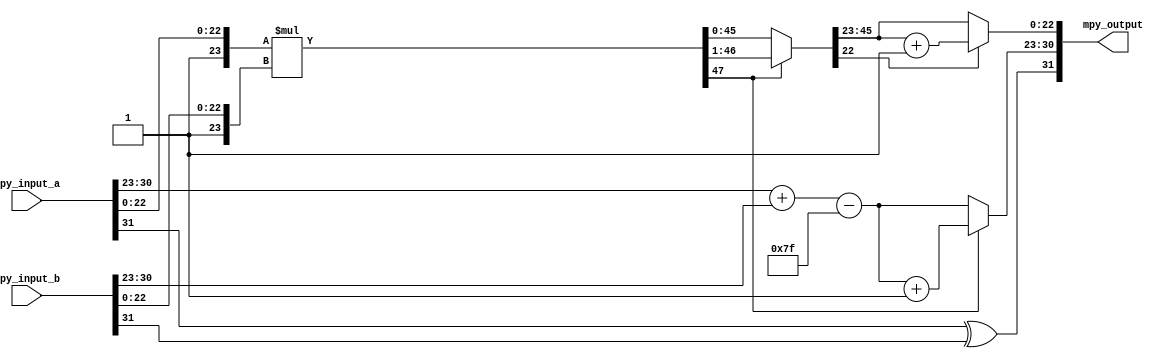
/**********      Muitiplication Top Module     **********/
/*	Input: input_a, input_b		Output: mpy_output		*/
/*	Function: 32-bit Floating-point Multiplier			*/
/*			  mpy_output = input_a * input_b			*/
/********************************************************/
module multiplier32(
	input  [31:0] mpy_input_a, mpy_input_b,
	output [31:0] mpy_output
);
	reg a_sign;				// sign of a
	reg [7:0] a_exponent;	// exponent of a
	reg [23:0] a_mantissa;	// mantissa of a

	reg b_sign;				// sign of b
	reg [7:0] b_exponent;	// exponent of b
	reg [23:0] b_mantissa;	// mantissa of b

	reg o_sign;				// sign of output
	reg [7:0] o_exponent;	// exponent output
	reg [22:0] o_mantissa;	// mantissa output

	reg [47:0] product;		// product of mantissa

	assign mpy_output[31] = o_sign;
	assign mpy_output[30:23] = o_exponent;
	assign mpy_output[22:0] = o_mantissa[22:0];

	always @ (*) begin
		a_sign = mpy_input_a[31];
		a_exponent = mpy_input_a[30:23];
		a_mantissa = {1'b1, mpy_input_a[22:0]};

		b_sign = mpy_input_b[31];
		b_exponent = mpy_input_b[30:23];
		b_mantissa = {1'b1, mpy_input_b[22:0]};
	
		o_sign = a_sign ^ b_sign;
		o_exponent = a_exponent + b_exponent - 127;
		product = a_mantissa * b_mantissa;
			
		// Normalization
		if(product[47] == 1) begin
			o_exponent = o_exponent + 1;
			product = product >> 1;
		end
		
		// Rounding
		o_mantissa = product[46:23];
		if(product[22]) begin
			o_mantissa = o_mantissa + 1;
		end
		

	end
endmodule